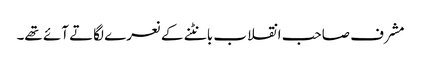
مشرف صاحب انقلاب بانٹنے کے نعرے لگاتے آئے تھے۔